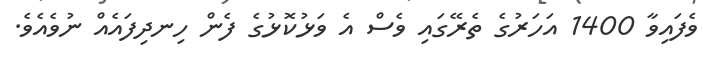
ވެފައިވާ 1400 އަހަރުގެ ތެރޭގައި ވެސް އެ ވަޅުކޮޅުގެ ފެން ހިނދިފައެއް ނުވެއެވެ.